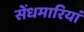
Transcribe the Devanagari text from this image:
सेंधमारियां